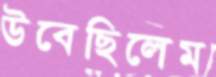
উবেছিলেম